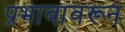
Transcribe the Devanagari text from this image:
प्रभावावरून